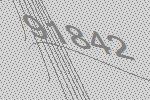
91842